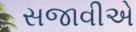
સજાવીએ